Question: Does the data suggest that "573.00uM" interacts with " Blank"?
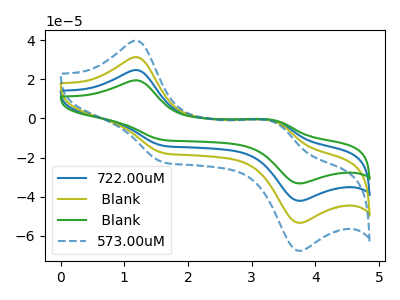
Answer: <think>The blue curve "722.00uM" has anodic peaks at (1.20V, 62.85uA) (3.35V, -3.25uA) and cathodic peaks at (1.60V, -35.25uA) (3.75V, -106.85uA). The olive curve " Blank" has anodic peaks at (1.20V, 31.45uA) (3.35V, -1.60uA) and cathodic peaks at (1.60V, -17.60uA) (3.75V, -53.45uA). The green curve " Blank" has anodic peaks at (1.20V, 94.30uA) (3.35V, -4.85uA) and cathodic peaks at (1.60V, -52.85uA) (3.75V, -160.30uA). The blue dashed curve "573.00uM" has anodic peaks at (1.20V, 39.85uA) (3.35V, -2.05uA) and cathodic peaks at (1.60V, -22.35uA) (3.75V, -67.75uA).
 All the peaks in "573.00uM" have a peak in " Blank" at the same potential.</think>
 <answer>No, "573.00uM" and " Blank" don't appear to be significantly different in shape</answer>
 <eval>no_change</eval>